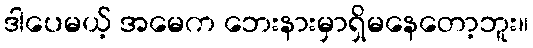
ဒါပေမယ့် အမေက ဘေးနားမှာရှိမနေတော့ဘူး။